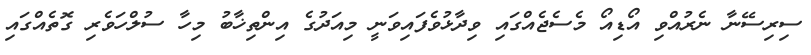
ސިރިސޭނާ ނެރުއްވި އޯޑިއޯ މެސެޖެއްގައި ވިދާޅުވެފައިވަނީ މިއަދުގެ އިންތިޚާބު މިހާ ސުލްހަވެރި ގޮތެއްގައި